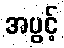
အပွင့်